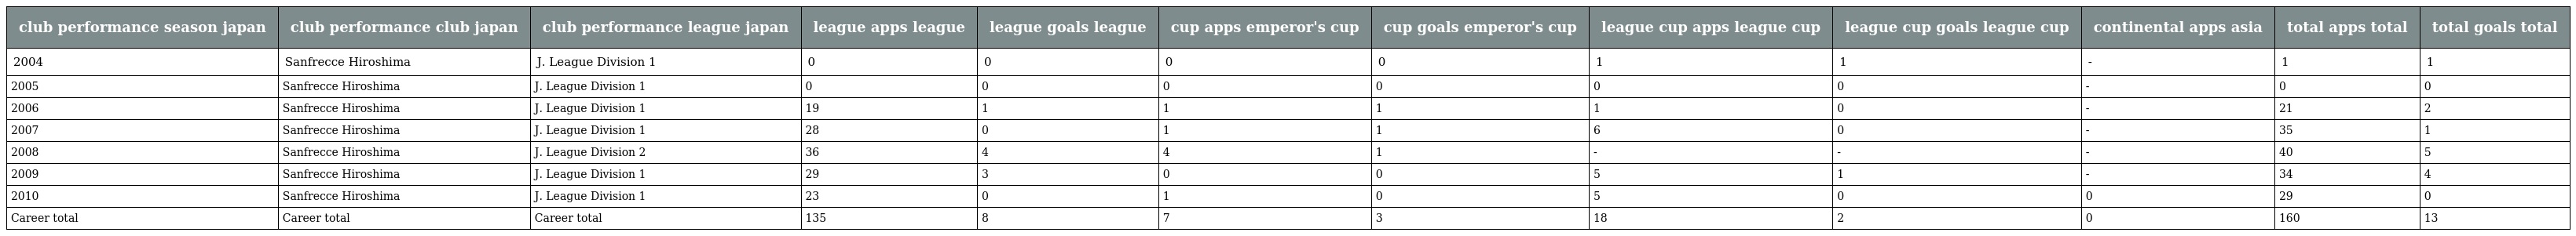
| club performance season japan | club performance club japan | club performance league japan | league apps league | league goals league | cup apps emperor's cup | cup goals emperor's cup | league cup apps league cup | league cup goals league cup | continental apps asia | total apps total | total goals total |
 | --- | --- | --- | --- | --- | --- | --- | --- | --- | --- | --- | --- |
 | 2004 | Sanfrecce Hiroshima | J. League Division 1 | 0 | 0 | 0 | 0 | 1 | 1 | - | 1 | 1 |
 | 2005 | Sanfrecce Hiroshima | J. League Division 1 | 0 | 0 | 0 | 0 | 0 | 0 | - | 0 | 0 |
 | 2006 | Sanfrecce Hiroshima | J. League Division 1 | 19 | 1 | 1 | 1 | 1 | 0 | - | 21 | 2 |
 | 2007 | Sanfrecce Hiroshima | J. League Division 1 | 28 | 0 | 1 | 1 | 6 | 0 | - | 35 | 1 |
 | 2008 | Sanfrecce Hiroshima | J. League Division 2 | 36 | 4 | 4 | 1 | - | - | - | 40 | 5 |
 | 2009 | Sanfrecce Hiroshima | J. League Division 1 | 29 | 3 | 0 | 0 | 5 | 1 | - | 34 | 4 |
 | 2010 | Sanfrecce Hiroshima | J. League Division 1 | 23 | 0 | 1 | 0 | 5 | 0 | 0 | 29 | 0 |
 | Career total | Career total | Career total | 135 | 8 | 7 | 3 | 18 | 2 | 0 | 160 | 13 |